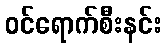
ဝင်ရောက်စီးနင်း